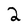
Character: 2